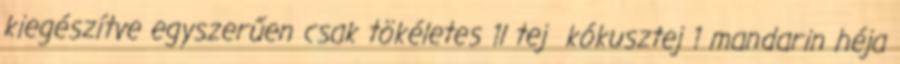
kiegészítve egyszerűen csak tökéletes 1l tej kókusztej 1 mandarin héja